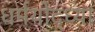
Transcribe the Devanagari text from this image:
धर्मयोद्ध्या